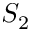
S _ { 2 }